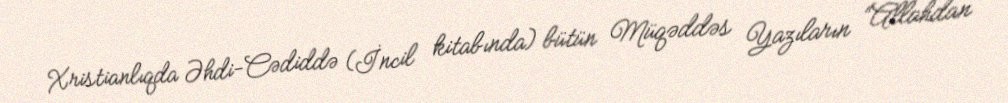
Xristianlıqda Əhdi-Cədiddə (İncil kitabında) bütün Müqəddəs Yazıların “Allahdan